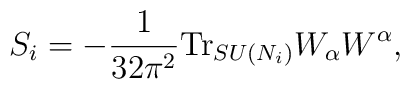
S_i=-\frac{1}{32\pi^2}{\rm Tr}_{SU(N_i)}W_{\alpha}W^{\alpha},